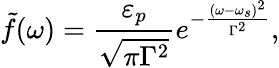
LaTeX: \tilde{f}(\omega)=\frac{\varepsilon_{p}}{\sqrt{\pi\Gamma^{2}}}e^{-\frac{(\omega-\omega_{s})^{2}}{\Gamma^{2}}},